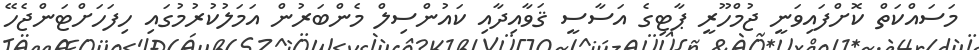
މަސައްކަތް ކޮށްފައިވަނީ ޖުމްހޫރީ ޕާޓިގެ އަސާސީ ޤަވާއިދާއި ކައުންސިލް މެންބަރުން އަމަލުކުރުމުގައި ހިފަހަށްޓަންޖެހޭ